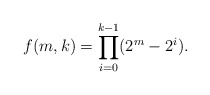
\begin{align*}f(m,k) = \prod_{i=0}^{k-1}(2^{m}-2^{i}).\end{align*}